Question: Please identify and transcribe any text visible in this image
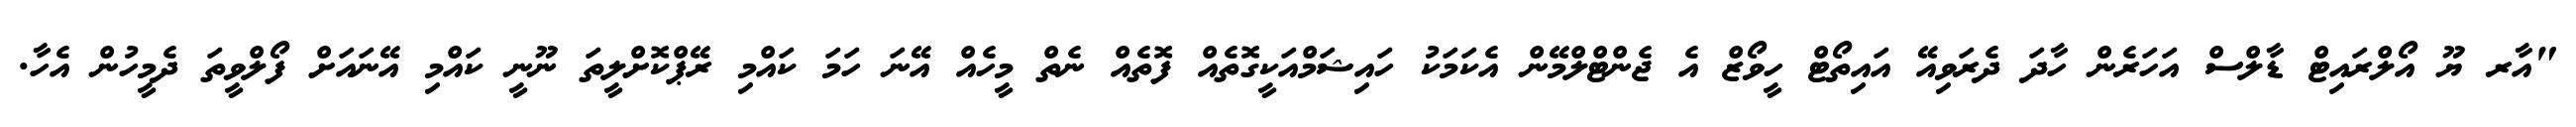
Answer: "އާރ ޔޫ އޯލްރައިޓް ޑާލްސް އަހަރެން ހާދަ ދެރަވިއޭ އައިތޯޓް ހީވޯޒް އެ ޖެންޓްލްމޭން އެކަމަކު ހައިޝަމްއަކީގޮތެއް ފޮތެއް ނެތް މީހެއް އޭނަ ހަމަ ކައްމި ރޭޕްކޮށްލީތަ ނޫނީ ކައްމި އޭނައަށް ފޯލްވީތަ ދެމީހުން އެހާ.